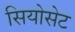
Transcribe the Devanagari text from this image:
सियोसेट